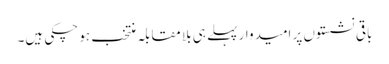
باقی نشستوں پر امیدوار پہلے ہی بلا مقابلہ منتخب ہو چکی ہیں۔